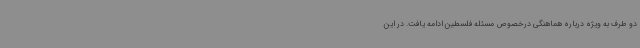
دو طرف به ویژه درباره هماهنگی درخصوص مسئله فلسطین ادامه یافت. در این